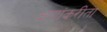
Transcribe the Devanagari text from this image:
क्षणांकरीता